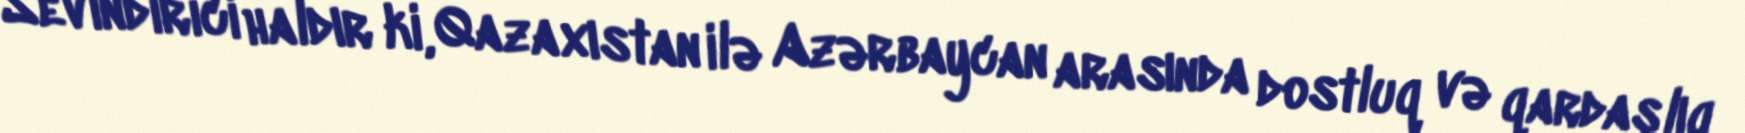
Sevindirici haldır ki, Qazaxıstan ilə Azərbaycan arasında dostluq və qardaşlıq